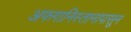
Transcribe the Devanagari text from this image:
अफगानिस्तानापासून